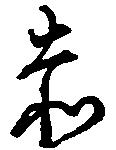
赤